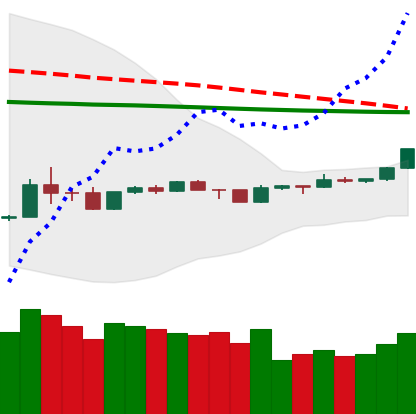
Ticker: TRX-USD
Chart end date: 2020-04-06
Forward return: -8.603%
Label: down_7plus